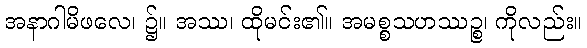
အနာဂါမိဖလေ၊ ၌။ အဿ၊ ထိုမင်း၏။ အမစ္စသဟဿဉ္စ၊ ကိုလည်း။